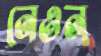
নেওন